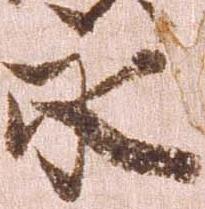
永